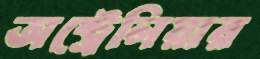
অষ্ট্রেলিয়ার